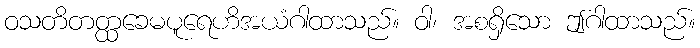
ဝသတိတတ္ထခေမပူရေဟိအယံဂါထာသည်။ ဝါ၊ အစရှိသော ဤဂါထာသည်။